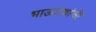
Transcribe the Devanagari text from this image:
भाऊरावांची